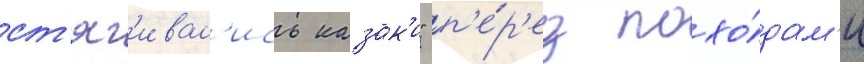
ст'яг'ивал'ись казак'и" п'е́р'ед похо́дам'и